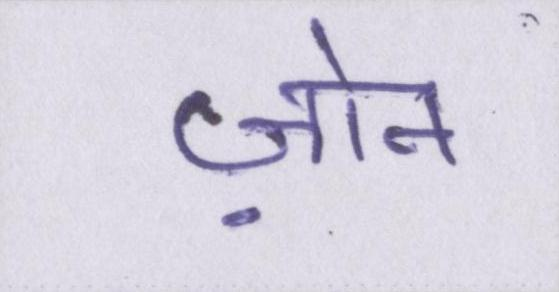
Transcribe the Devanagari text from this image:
ज़ोन